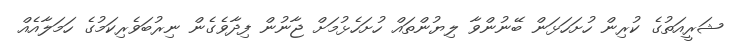
ޝަރީއަތުގެ ކުރިން ހުށަހަޅަން ބޭނުންވާ ލިޔުންތައް ހުށަހެޅުމަށް ޖާނުން ފިދާވެގެން ނިރުބަވެރިކަމުގެ ހަމަލާއެއް